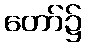
တော်၌